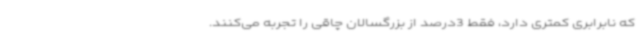
که نابرابری کمتری دارد، فقط 3درصد از بزرگسالان چاقی را تجربه می‌کنند.